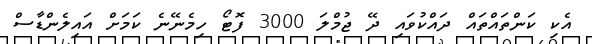
އެކި ކަންތައްތައް ދައްކުވައި ދޭ ޖުމްލަ 3000 ފޮޓޯ ހިމެނޭނެ ކަމަށް އައިލެންޑާސް